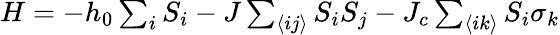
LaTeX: \begin{array}{r}{H=-h_{0}\sum_{i}S_{i}-J\sum_{\langle ij\rangle}S_{i}S_{j}-J_{c}\sum_{\langle ik\rangle}S_{i}\sigma_{k}}\end{array}